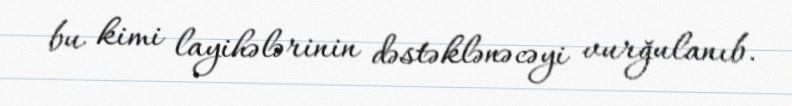
bu kimi layihələrinin dəstəklənəcəyi vurğulanıb.